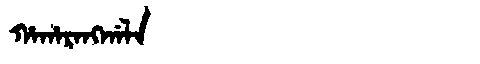
Manchu: ᡥᠠᡥᠠᡵᠠᠩᡤᠠᠯᠠ
Romanization: HAHARANGGALA